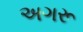
અગરૂ